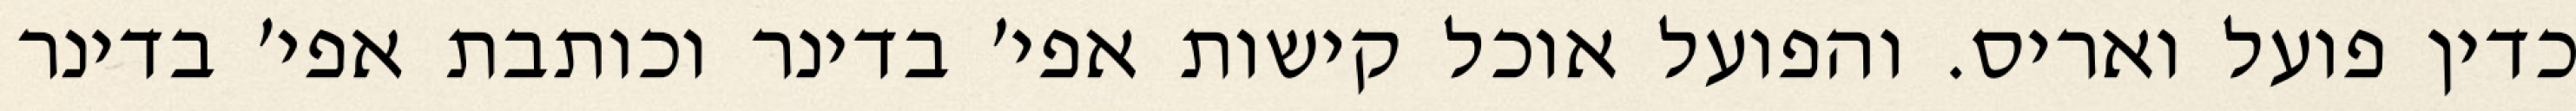
כדין פועל ואריס. והפועל אוכל קישות אפי׳ בדינר וכותבת אפי׳ בדינר